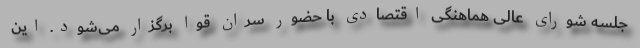
جلسه شورای ‌عالی هماهنگی اقتصادی با حضور سران قوا برگزار می‌شود. این